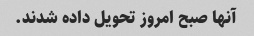
آنها صبح امروز تحویل داده شدند.